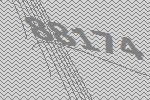
88174